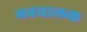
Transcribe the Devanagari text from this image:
भवचालक